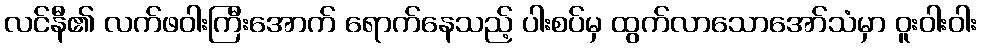
လင်နီ၏ လက်ဖဝါးကြီးအောက် ရောက်နေသည့် ပါးစပ်မှ ထွက်လာသောအော်သံမှာ ဝူးဝါးဝါး